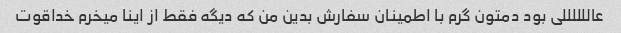
عاللللللی بود دمتون گرم با اطمینان سفارش بدین من که دیگه فقط از اینا میخرم خداقوت